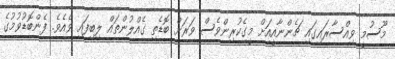
މޫސުމީ ވިއްސާރައިގައި ޗެންނާއީއަށް މީގެކުރިންވެސް ވަރަށް ބޮޑެތި ގެއްލުންތައް ލިބިފައި ވެއެވެ. ފެންބޮޑުވުމުގެ